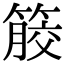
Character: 𥰹